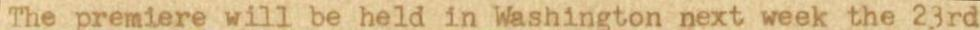
The premiere will be held in Washington next week the 23rd